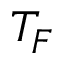
T _ { F }